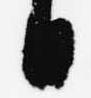
日